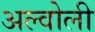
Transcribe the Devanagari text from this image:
अल्वोली